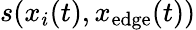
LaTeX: s(x_{i}(t),x_{\mathrm{edge}}(t))